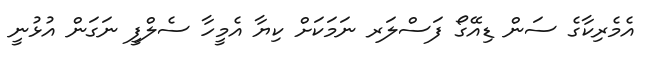
އެމެރިކާގެ ސަން ޑިއޭގޯ ފަސްލަރ ނަމަކަށް ކިޔާ އެމީހާ ސެލްފީ ނަގަން އުޅުނީ